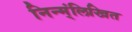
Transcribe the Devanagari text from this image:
निन्म्ंलिखित